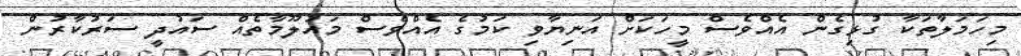
މިހަމަލާތަކާ ގުޅިގެން އެއްވެސް މީހަކަށް އަނިޔާވި ކަމުގެ އެއްވެސް މައުލޫމާތެއް ސައުދީ ސަރުކާރުން